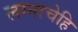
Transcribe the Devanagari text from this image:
लग्नाचेहि